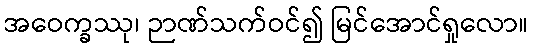
အဝေက္ခဿု၊ ဉာဏ်သက်ဝင်၍ မြင်အောင်ရှုလော။